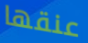
عنقها